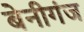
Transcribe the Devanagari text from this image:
बेनीगंज